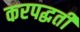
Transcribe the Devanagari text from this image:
करपद्धती